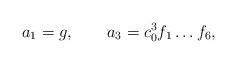
LaTeX: \begin{align*}a_1 = g , \qquad a_3 = c_0^3 f_1 \dots f_6 ,\end{align*}